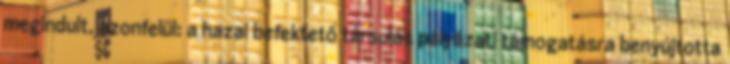
megindult, azonfelül: a hazai befektető társulás pályázati támogatásra benyújtotta